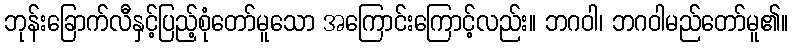
ဘုန်းခြောက်လီနှင့်ပြည့်စုံတော်မူသော အကြောင်းကြောင့်လည်း။ ဘဂဝါ၊ ဘဂဝါမည်တော်မူ၏။